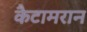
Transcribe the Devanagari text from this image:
कैटामरान